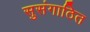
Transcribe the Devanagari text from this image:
सुसंगाठित